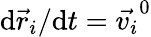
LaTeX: \mathrm{d}\vec{{r}}_{i}/\mathrm{d}t=\vec{{v_{i}}}^{0}